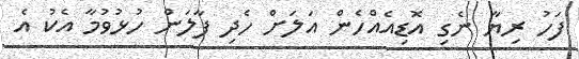
ފަހު ރިޔާ ނެގި އޮޑިއެއްހެން އަލަށް ހެދި ފާލަން ހުޅުވުމާ އެކު އެ